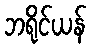
ဘရိုင်ယန်